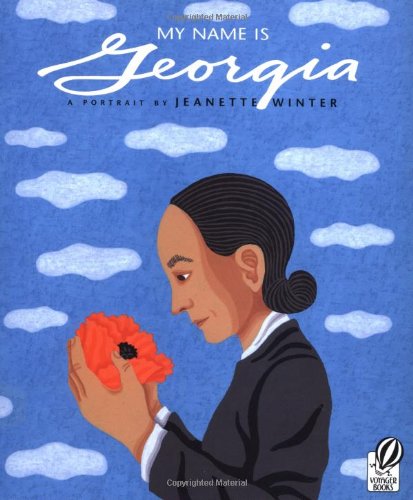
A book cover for My Name Is Georgia: A Portrait by Jeanette Winter; Jeanette Winter; Children's Books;